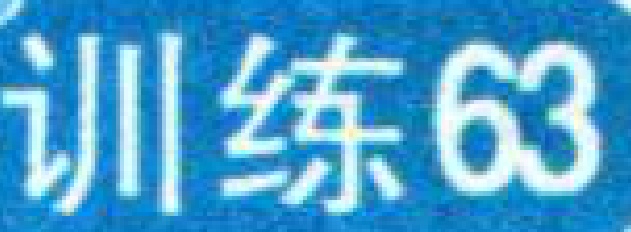
训练63